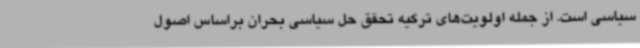
سیاسی است. از جمله اولویت‌های ترکیه تحقق حل سیاسی بحران براساس اصول